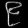
Digit: ၉